DOW-UAP-D64, Mission Report, Iran, November 2020
Agency: Department of War
Incident date: 11/2/20
Incident location: Iran
Page 1
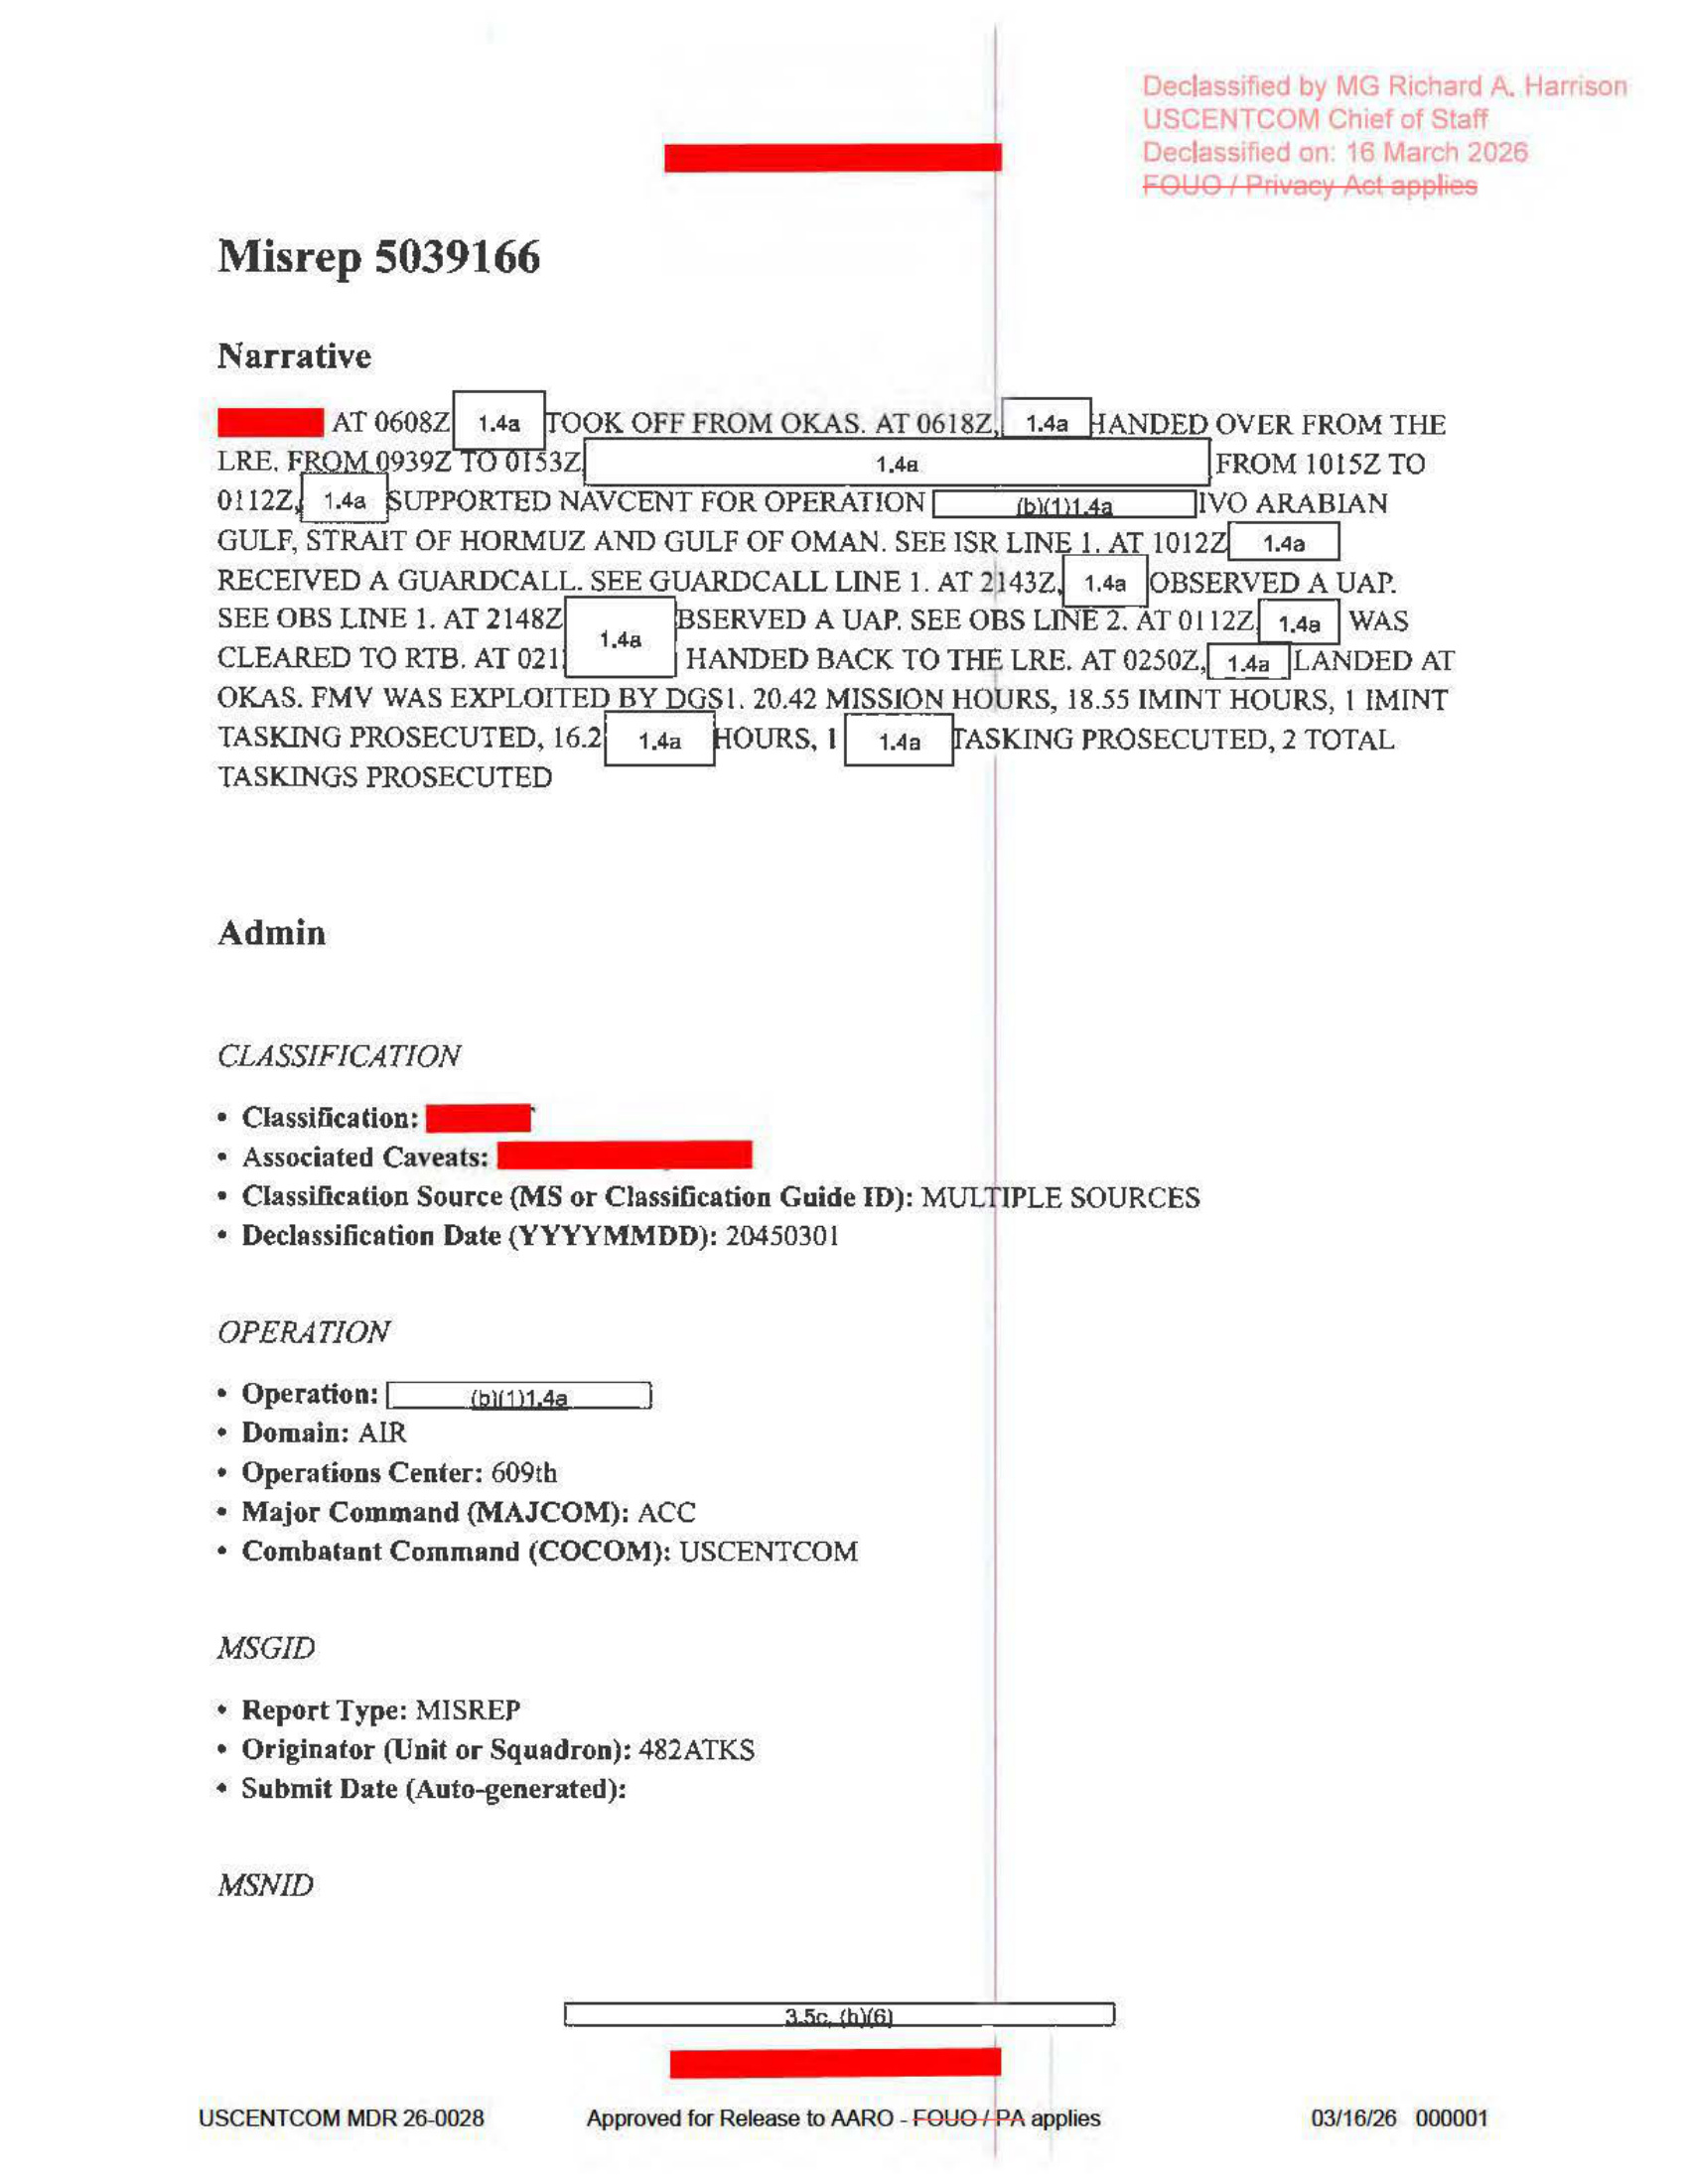